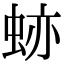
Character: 𧊤